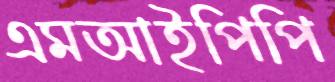
এমআইপিপি